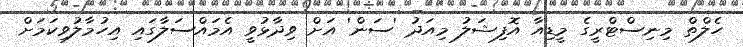
ހެލްތް މިނިސްޓްރީގެ މީޑިއާ އޮފިޝަލު މިއަދު 'ސަން' އަށް ވިދާޅުވީ އެމައްސަލާގައި އިހުމާލުވިކަމަށް